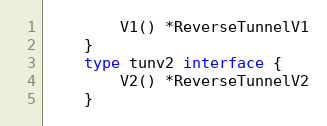
Language: Go
		V1() *ReverseTunnelV1
	}
	type tunv2 interface {
		V2() *ReverseTunnelV2
	}